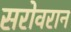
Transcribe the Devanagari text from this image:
सरोवरान